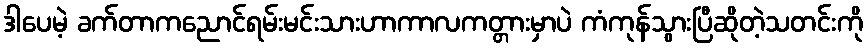
ဒါပေမဲ့ ခက်တာကညောင်ရမ်းမင်းသားဟာကာလကတ္တားမှာပဲ ကံကုန်သွားပြီဆိုတဲ့သတင်းကို